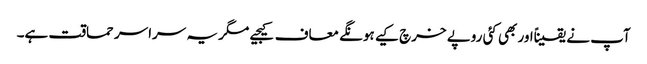
آپ نے یقیناًاور بھی کئی روپے خرچ کیے ہونگے معاف کیجیے مگر یہ سراسر حماقت ہے۔